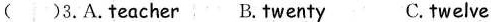
( ） 3. A. Teacher B. Twenty C. twelve